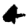
Digit: 4